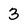
Character: 3